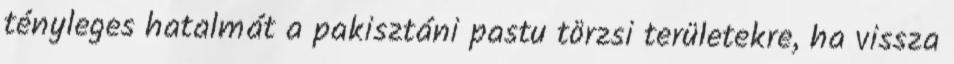
tényleges hatalmát a pakisztáni pastu törzsi területekre, ha vissza